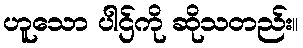
ဟူသော ပါဌ်ကို ဆိုသတည်း။